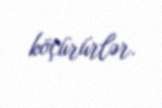
köçürürlər.